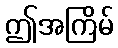
ဤအကြိမ်